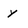
Character: y